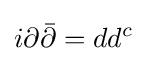
i\partial {\bar {\partial }}=dd^{c}